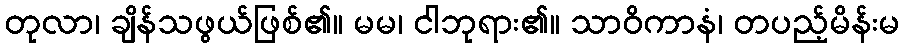
တုလာ၊ ချိန်သဖွယ်ဖြစ်၏။ မမ၊ ငါဘုရား၏။ သာဝိကာနံ၊ တပည့်မိန်းမ